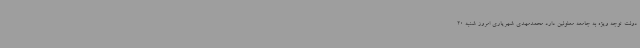
دولت توجه ویژه به جامعه معلولین دارد محمدمهدی شهریاری امروز شنبه 20